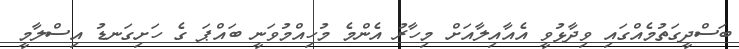
ބަސްދީގަތުމެއްގައި ވިދާޅުވީ އެއާއިލާއަށް މިހާރު އެންމެ މުހިއްމުވަނީ ބައްޕަ ގެ ހަށިގަނޑު އިސްލާމީ